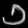
Digit: ၁